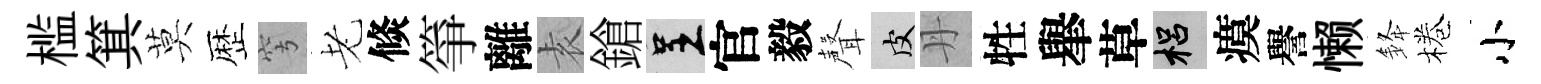
槛箕莫歴穹老倐箏離𡊮鎗呈官毅聲皮丹牲𦦙草梠瘼譽懒𨦟棬小